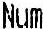
NUM